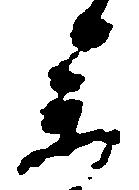
参